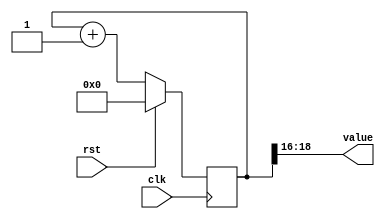
/*
   This file was generated automatically by the Mojo IDE version B1.2.6.
   Do not edit this file directly. Instead edit the original Lucid source.
   This is a temporary file and any changes made to it will be destroyed.
*/

/*
   Parameters:
     SIZE = 3
     DIV = 16
     TOP = 0
     UP = 1
*/
module counter_24 (
    input clk,
    input rst,
    output reg [2:0] value
  );
  
  localparam SIZE = 2'h3;
  localparam DIV = 5'h10;
  localparam TOP = 1'h0;
  localparam UP = 1'h1;
  
  
  reg [18:0] M_ctr_d, M_ctr_q = 1'h0;
  
  localparam MAX_VALUE = 17'h0ffff;
  
  always @* begin
    M_ctr_d = M_ctr_q;
    
    value = M_ctr_q[16+2-:3];
    if (1'h1) begin
      M_ctr_d = M_ctr_q + 1'h1;
      if (1'h0 && M_ctr_q == 17'h0ffff) begin
        M_ctr_d = 1'h0;
      end
    end else begin
      M_ctr_d = M_ctr_q - 1'h1;
      if (1'h0 && M_ctr_q == 1'h0) begin
        M_ctr_d = 17'h0ffff;
      end
    end
  end
  
  always @(posedge clk) begin
    if (rst == 1'b1) begin
      M_ctr_q <= 1'h0;
    end else begin
      M_ctr_q <= M_ctr_d;
    end
  end
  
endmodule